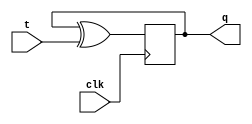
module tffmod(t, clk, q);
input t;
input clk;
output q;
reg q;
initial q<=1'b0;
always @(posedge clk)
q<=q^t;
endmodule

module tflipflopt_b;
reg t;
reg clk;
wire q;
tffmod uut (.t(t),.clk(clk),.q(q));
initial begin
t = 0;
clk = 0;
#100;
end
always #3 clk=~clk;
always #5 t=~t;
initial #100 $finish;
  initial
    begin
      $monitor("input=%d,output=%d",t,q);
      $dumpfile("tff.vcd");
      $dumpvars;
     
    end

endmodule